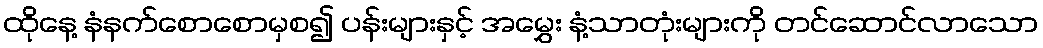
ထိုနေ့ နံနက်စောစောမှစ၍ ပန်းများနှင့် အမွှေး နံ့သာတုံးများကို တင်ဆောင်လာသော